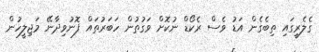
ގެލެރީގައި ތިބެގެން އަޑު ވެސް ރެކޯޑް ނުކޮށް ވަގުތުން ހަބަރުތައް ފޮނުވިދާނޭ މަޖިލީހުން